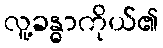
လူ့ခန္ဓာကိုယ်၏